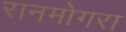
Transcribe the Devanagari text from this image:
रानमोगरा